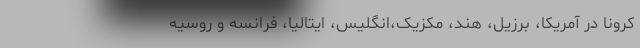
کرونا در آمریکا، برزیل، هند، مکزیک،انگلیس، ایتالیا، فرانسه و روسیه